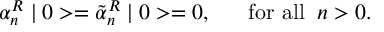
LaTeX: \alpha _ { n } ^ { R } \mid 0 > = \tilde { \alpha } _ { n } ^ { R } \mid 0 > = 0 , \; \; \; \; \; \; \mathrm { f o r ~ a l l } \; \; n > 0 .